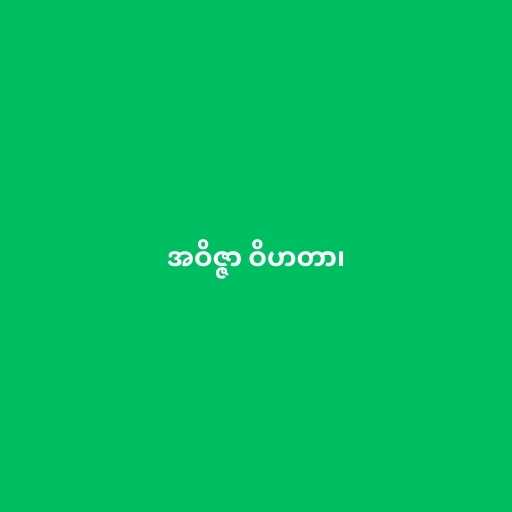
အဝိဇ္ဇာ ဝိဟတာ၊